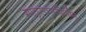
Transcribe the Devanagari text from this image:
मातृस्वरूपिणीम्